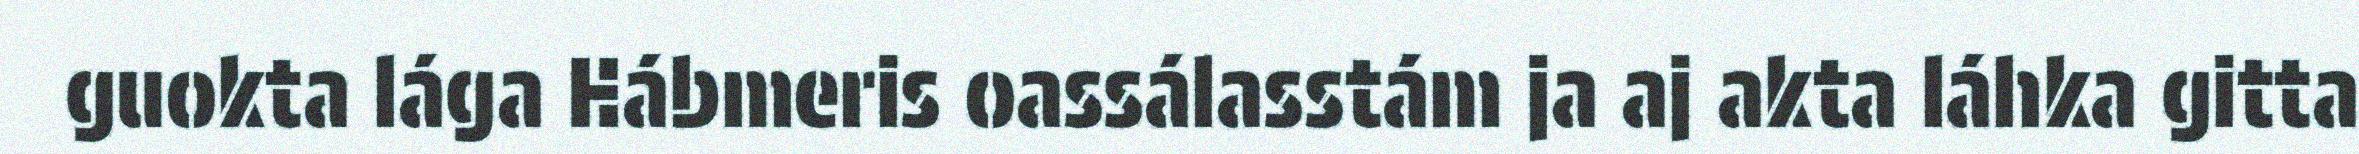
guokta lága Hábmeris oassálasstám ja aj akta láhka gitta